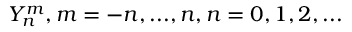
Y _ { n } ^ { m } , m = - n , . . . , n , n = 0 , 1 , 2 , . . .